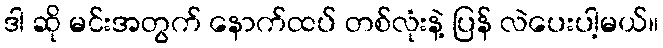
ဒါ ဆို မင်းအတွက် နောက်ထပ် တစ်လုံးနဲ့ ပြန် လဲပေးပါ့မယ်။